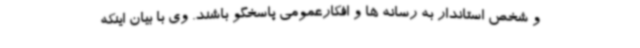
و شخص استاندار به رسانه ها و افکارعمومی پاسخگو باشند. وی با بیان اینکه